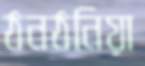
ঠনঠনিয়া